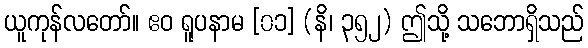
ယူကုန်လတော်။ ဧဝ ရူပနာမ [၀၁] (နိ၊ ၃၅၂) ဤသို့ သဘောရှိသည်